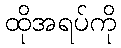
ထိုအရပ်ကို